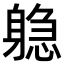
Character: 𬧫